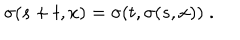
\sigma ( s + t , x ) = \sigma ( t , \sigma ( s , x ) ) \; .